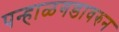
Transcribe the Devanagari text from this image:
पन्हाळगडावरुन